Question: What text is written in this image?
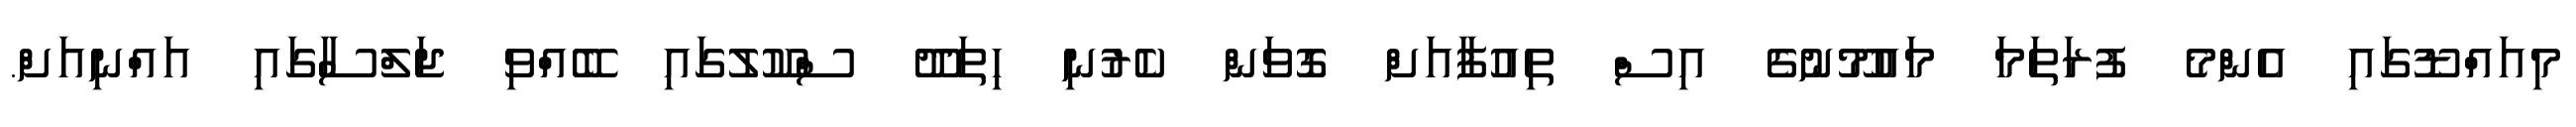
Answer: މިއައްޑޫގައި އެންމެ ފުރަތަމަ މައުމޫނުގެ އިސް ތިއުފާއަށް ގޮވަން ކެރުނި ހިތަދޫ ސްކޫލުގައި ބޭއްވި ޖަލްސާގައި އައްނިއަށް.